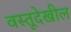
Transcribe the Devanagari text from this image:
वस्तूदेखील